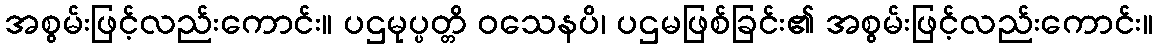
အစွမ်းဖြင့်လည်းကောင်း။ ပဌမုပ္ပတ္တိ ဝသေနပိ၊ ပဌမဖြစ်ခြင်း၏ အစွမ်းဖြင့်လည်းကောင်း။